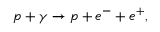
p + \gamma \rightarrow p + e ^ { - } + e ^ { + } ,